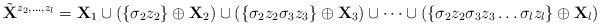
LaTeX: \begin{align*}\tilde{\mathbf{X}}^{z_2, \dots, z_l} = \mathbf{X}_1 \cup \left(\{\sigma_2 z_2\}\oplus\mathbf{X}_2\right) \cup \left(\{\sigma_2 z_2 \sigma_3 z_3\}\oplus\mathbf{X}_3\right) \cup \dots \cup \left(\{\sigma_2 z_2 \sigma_3 z_3 \dots \sigma_l z_l\}\oplus\mathbf{X}_l\right)\end{align*}